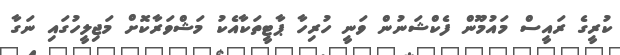
ކުރީގެ ރައީސް މައުމޫން ފެކްޝަނުން ވަނީ ހުރިހާ ޕާޓީތަކާއެކު މަޝްވަރާކޮށް މަޖިލީހުގައި ނަގާ